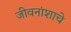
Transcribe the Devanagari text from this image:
जीवनांशाचे